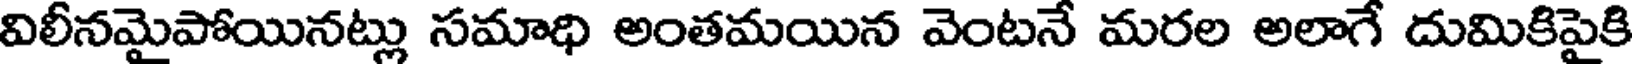
విలీనమైపోయినట్లు సమాధి అంతమయిన వెంటనే మరల అలాగే దుమికిపైకి